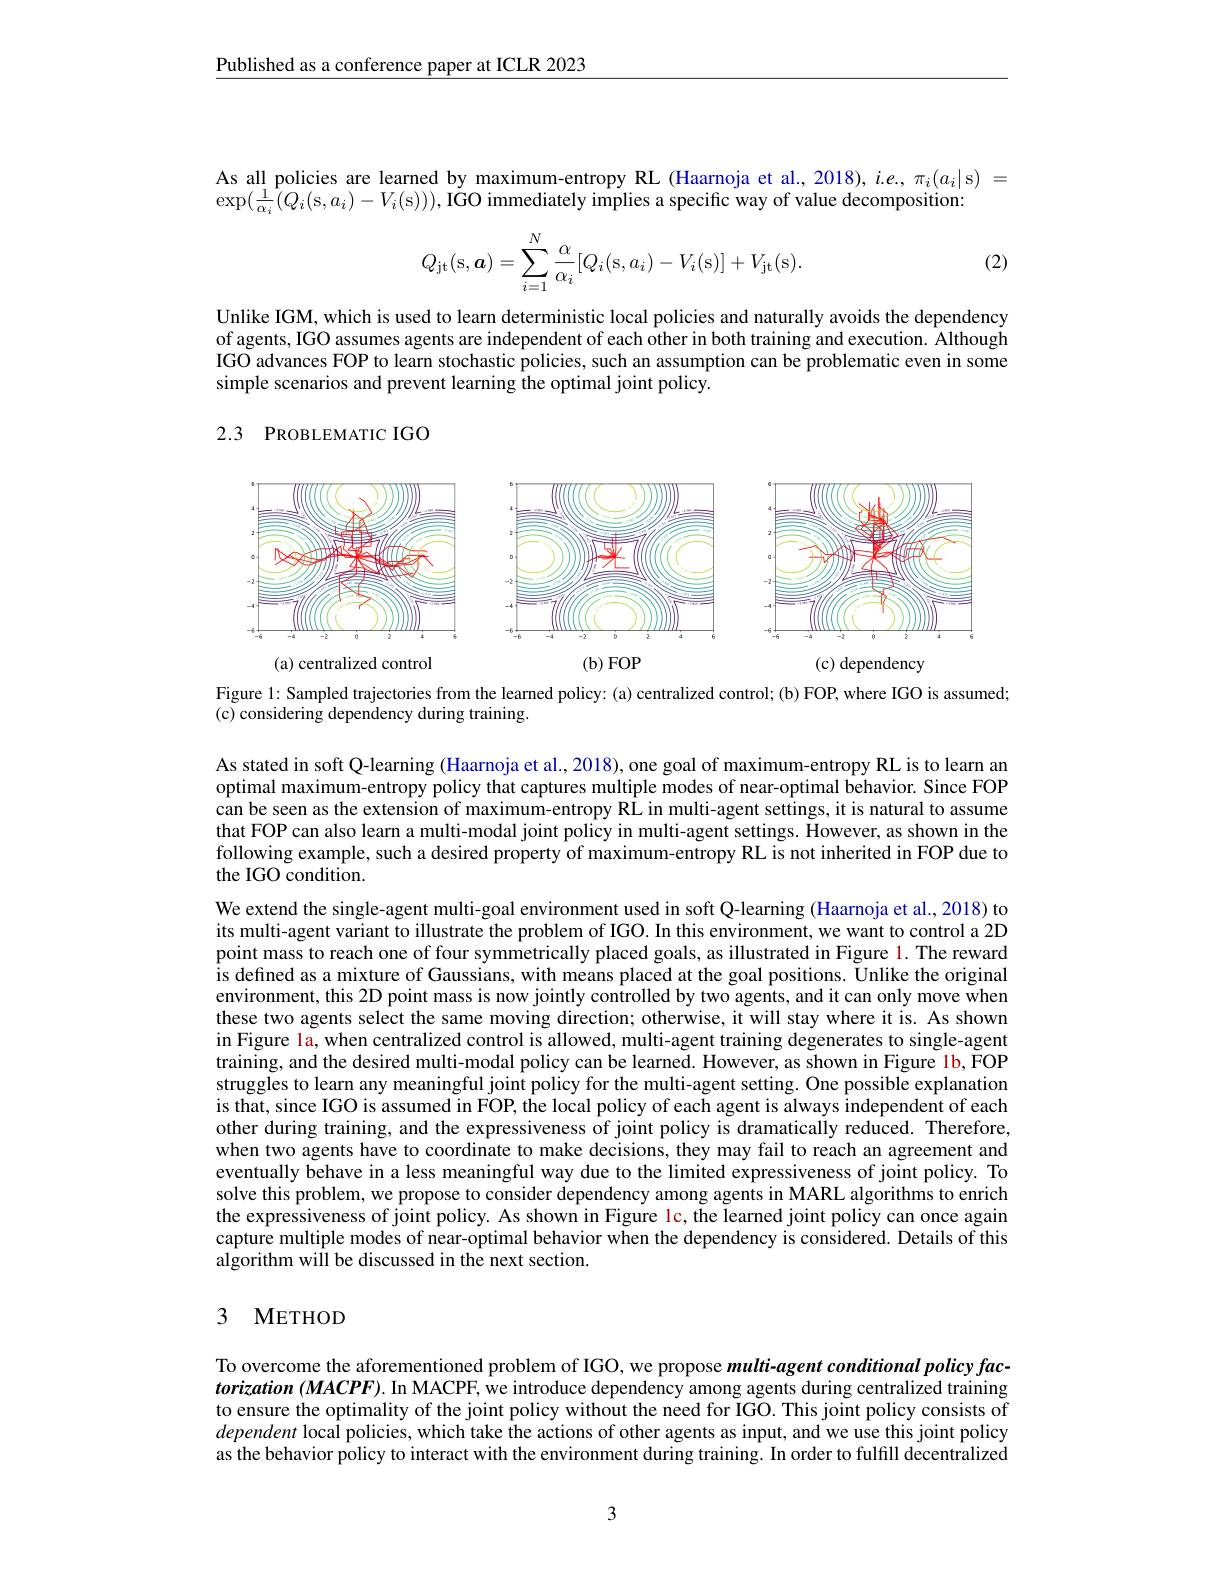
Published as a conference paper at ICLR 2023

As all policies are learned by maximum-entropy RL (Haarnoja et al., 2018), $i.e.,\pi_i(a_i|$s)=
$\exp(\frac{1}{\alpha_{i}}(Q_{i}($s$,a_i)-V_i($s$) ) ) , \text{I\' {G}Oimmediatelyimplies a specific way of value decomposition: }$

(2)
$$Q_{\mathrm{jt}}(\mathrm{s},\boldsymbol{a})=\sum_{i=1}^{N}\frac{\alpha}{\alpha_{i}}[Q_{i}(\mathrm{s},a_{i})-V_{i}(\mathrm{s})]+V_{\mathrm{jt}}(\mathrm{s}).$$
Unlike IGM, which is used to learn deterministic local policies and naturally avoids the dependency of agents, IGO assumes agents are independent of each other in both training and execution. Although IGO advances FOP to learn stochastic policies, such an assumption can be problematic even in some simple scenarios and prevent learning the optimal joint policy.

## 2.3 PROBLEMATIC IGO

<FigureHere>

(a) centralized control

$(\mathbf{b})$ FOP
(c) dependency

Figure 1: Sampled trajectories from the learned policy: (a) centralized control; (b) FOP, where IGO is assumed;
(c) considering dependency during training.

As stated in soft Q-learning (Haarnoja et al., 2018), one goal of maximum-entropy RL is to learn an optimal maximum-entropy policy that captures multiple modes of near-optimal behavior. Since FOP can be seen as the extension of maximum-entropy RL in multi-agent settings, it is natural to assume that FOP can also learn a multi-modal joint policy in multi-agent settings. However, as shown in the following example, such a desired property of maximum-entropy RL is not inherited in FOP due to the IGO condition.

We extend the single-agent multi-goal environment used in soft Q-learning (Haarnoja et al., 2018) to its multi-agent variant to illustrate the problem of IGO. In this environment, we want to control a 2D point mass to reach one of four symmetrically placed goals, as illustrated in Figure 1. The reward is defined as a mixture of Gaussians, with means placed at the goal positions. Unlike the original environment, this 2D point mass is now jointly controlled by two agents, and it can only move when these two agents select the same moving direction; otherwise, it will stay where it is. As shown in Figure la, when centralized control is allowed, multi-agent training degenerates to single-agent training, and the desired multi-modal policy can be learned. However, as shown in Figure 1b, FOP struggles to learn any meaningful joint policy for the multi-agent setting. One possible explanation is that, since IGO is assumed in FOP, the local policy of each agent is always independent of each other during training, and the expressiveness of joint policy is dramatically reduced. Therefore, when two agents have to coordinate to make decisions, they may fail to reach an agreement and eventually behave in a less meaningful way due to the limited expressiveness of joint policy. To solve this problem, we propose to consider dependency among agents in MARL algorithms to enrich the expressiveness of joint policy. As shown in Figure lc, the learned joint policy can once again $\hat{\text{capture multiple modes of near-optimal behavior when the dependency is considered. Details of this}}$ algorithm will be discussed in the next section.

## 3 METHOD

To overcome the aforementioned problem of IGO, we propose multi-agent conditional policy factorization $(MACPF).$ In MACPF, we introduce dependency among agents during centralized training to ensure the optimality of the joint policy without the need for IGO. This joint policy consists of dependent local policies, which take the actions of other agents as input, and we use this joint policy as the behavior policy to interact with the environment during training. In order to fulfill decentralized

3